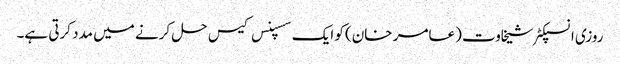
روزی انسپکٹر شیخاوت (عامر خان) کو ایک سسپنس کیس حل کرنے میں مدد کرتی ہے۔